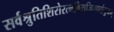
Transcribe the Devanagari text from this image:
सर्वश्रुतिशिरोरत्नविराजितपदांबुजम्